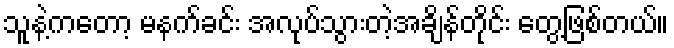
သူနဲ့ကတော့ မနက်ခင်း အလုပ်သွားတဲ့အချိန်တိုင်း တွေ့ဖြစ်တယ်။